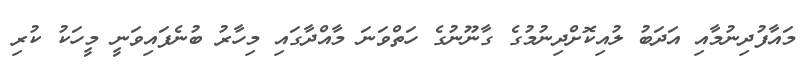
މައާފުދިނުމާއި އަދަބު ލުއިކޮށްދިނުމުގެ ގާނޫނުގެ ހަތްވަނަ މާއްދާގައި މިހާރު ބުނެފައިވަނީ މީހަކު ކުރި